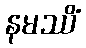
နမဿိံ